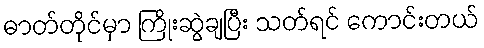
ဓာတ်တိုင်မှာ ကြိုးဆွဲချပြီး သတ်ရင် ကောင်းတယ်